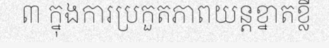
៣ ក្នុងការប្រកួតភាពយន្តខ្នាតខ្លី